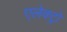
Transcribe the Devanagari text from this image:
एलेक्ट्रो